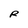
Character: R